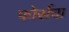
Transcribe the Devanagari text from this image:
फोर्सचा